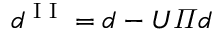
d \sp { \textnormal { I I } } = d - U \varPi d